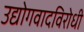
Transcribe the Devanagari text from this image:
उद्योगवादविरोधी